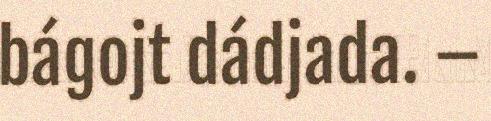
bágojt dádjada. –